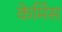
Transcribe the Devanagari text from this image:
केमिंस